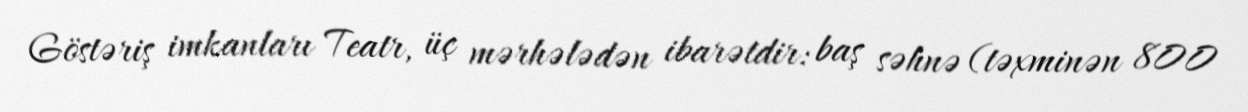
Göstəriş imkanları Teatr, üç mərhələdən ibarətdir: baş səhnə (təxminən 800